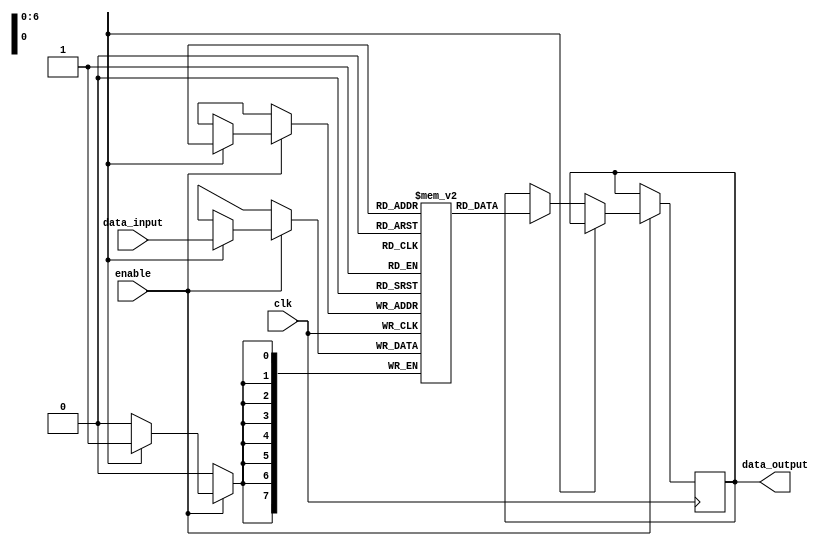
module MemoryBlocks(
  input [7:0] data_input,
  input enable,
  input clk,
  output reg [7:0] data_output
);

// Define memory block array
reg [7:0] memory_block [0:127];

// Define control signals
reg [6:0] memory_address;
reg programming_enable;
reg reading_enable;

// Control logic
always @ (posedge clk) begin
  if (enable) begin
    // Programming mode
    if (programming_enable) begin
      memory_block[memory_address] <= data_input;
    end
    // Reading mode
    else if (reading_enable) begin
      data_output <= memory_block[memory_address];
    end
  end
end

endmodule